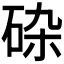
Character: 𱳼